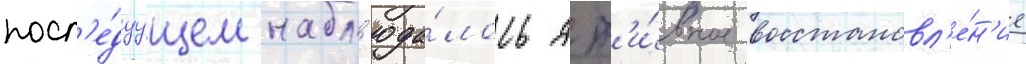
посл'е́дуущем набл'юда́лось акт'и́вное восстановл'е́н'ие